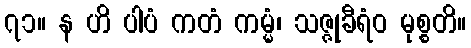
၇၁။ န ဟိ ပါပံ ကတံ ကမ္မံ၊ သဇ္ဇုခီရံဝ မုစ္စတိ။